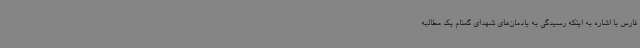
فارس با اشاره به اینکه رسیدگی به یادمان‌های شهدای گمنام یک مطالبه